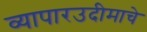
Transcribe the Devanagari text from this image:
व्यापारउदीमाचे